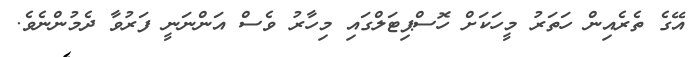
އޭގެ ތެރެއިން ހަތަރު މީހަކަށް ހޮސްޕިޓަލްގައި މިހާރު ވެސް އަންނަނީ ފަރުވާ ދެމުންނެވެ.